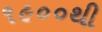
૧૯૦૦થી